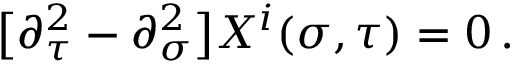
\bigl [ \partial _ { \tau } ^ { 2 } - \partial _ { \sigma } ^ { 2 } \bigr ] X ^ { i } ( \sigma , \tau ) = 0 \, .